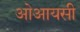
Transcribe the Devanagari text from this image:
ओआयसी